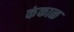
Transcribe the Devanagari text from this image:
कंकाळ